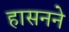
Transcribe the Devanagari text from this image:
हासनने